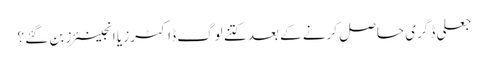
جعلی ڈگری حاصل کرنے کے بعد کتنے لوگ ڈاکٹرز یا انجینئرز بن گئے ؟